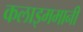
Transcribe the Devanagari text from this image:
कलाइममानी